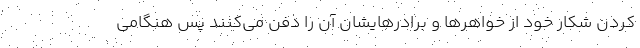
کردن شکار خود از خواهرها و برادرهایشان آن را دفن می‌کنند پس هنگامی